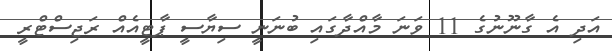
އަދި އެ ގާނޫނުގެ 11 ވަނަ މާއްދާގައި ބުނަނީ ސިޔާސީ ޕާޓީއެއް ރަޖިސްޓްރީ